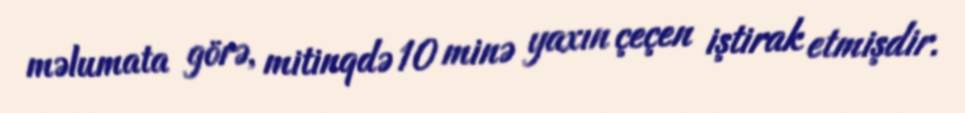
məlumata görə, mitinqdə 10 minə yaxın çeçen iştirak etmişdir.